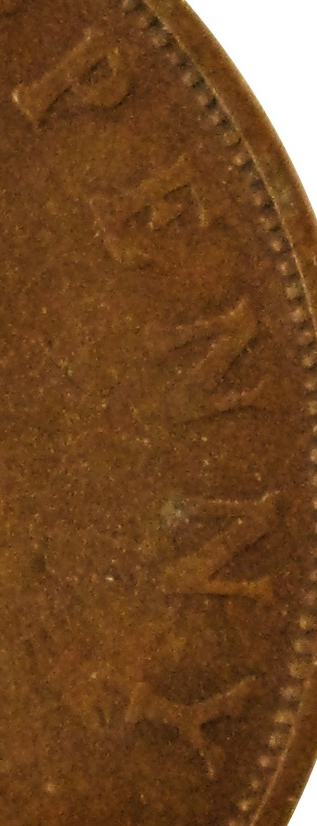
PENNY